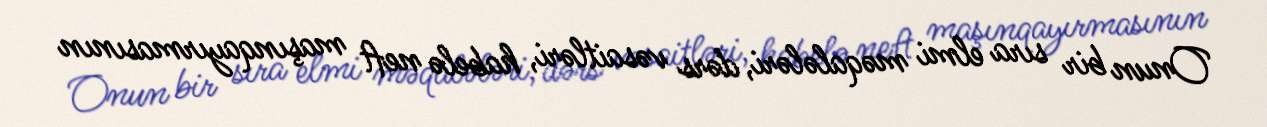
Onun bir sıra elmi məqalələri, dərs vəsaitləri, habelə neft maşınqayırmasının